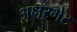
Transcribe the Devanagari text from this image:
अक्षरभेट